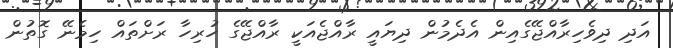
އަދި ދިވެހިރާއްޖޭގެއިން އެދެމުން ދިޔައީ ރާއްޖެއަކީ ރާއްޖޭގެ ހުރިހާ ރަށްތައް ހިމެނޭ ގޮތުން